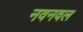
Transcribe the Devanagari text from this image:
नवनवल